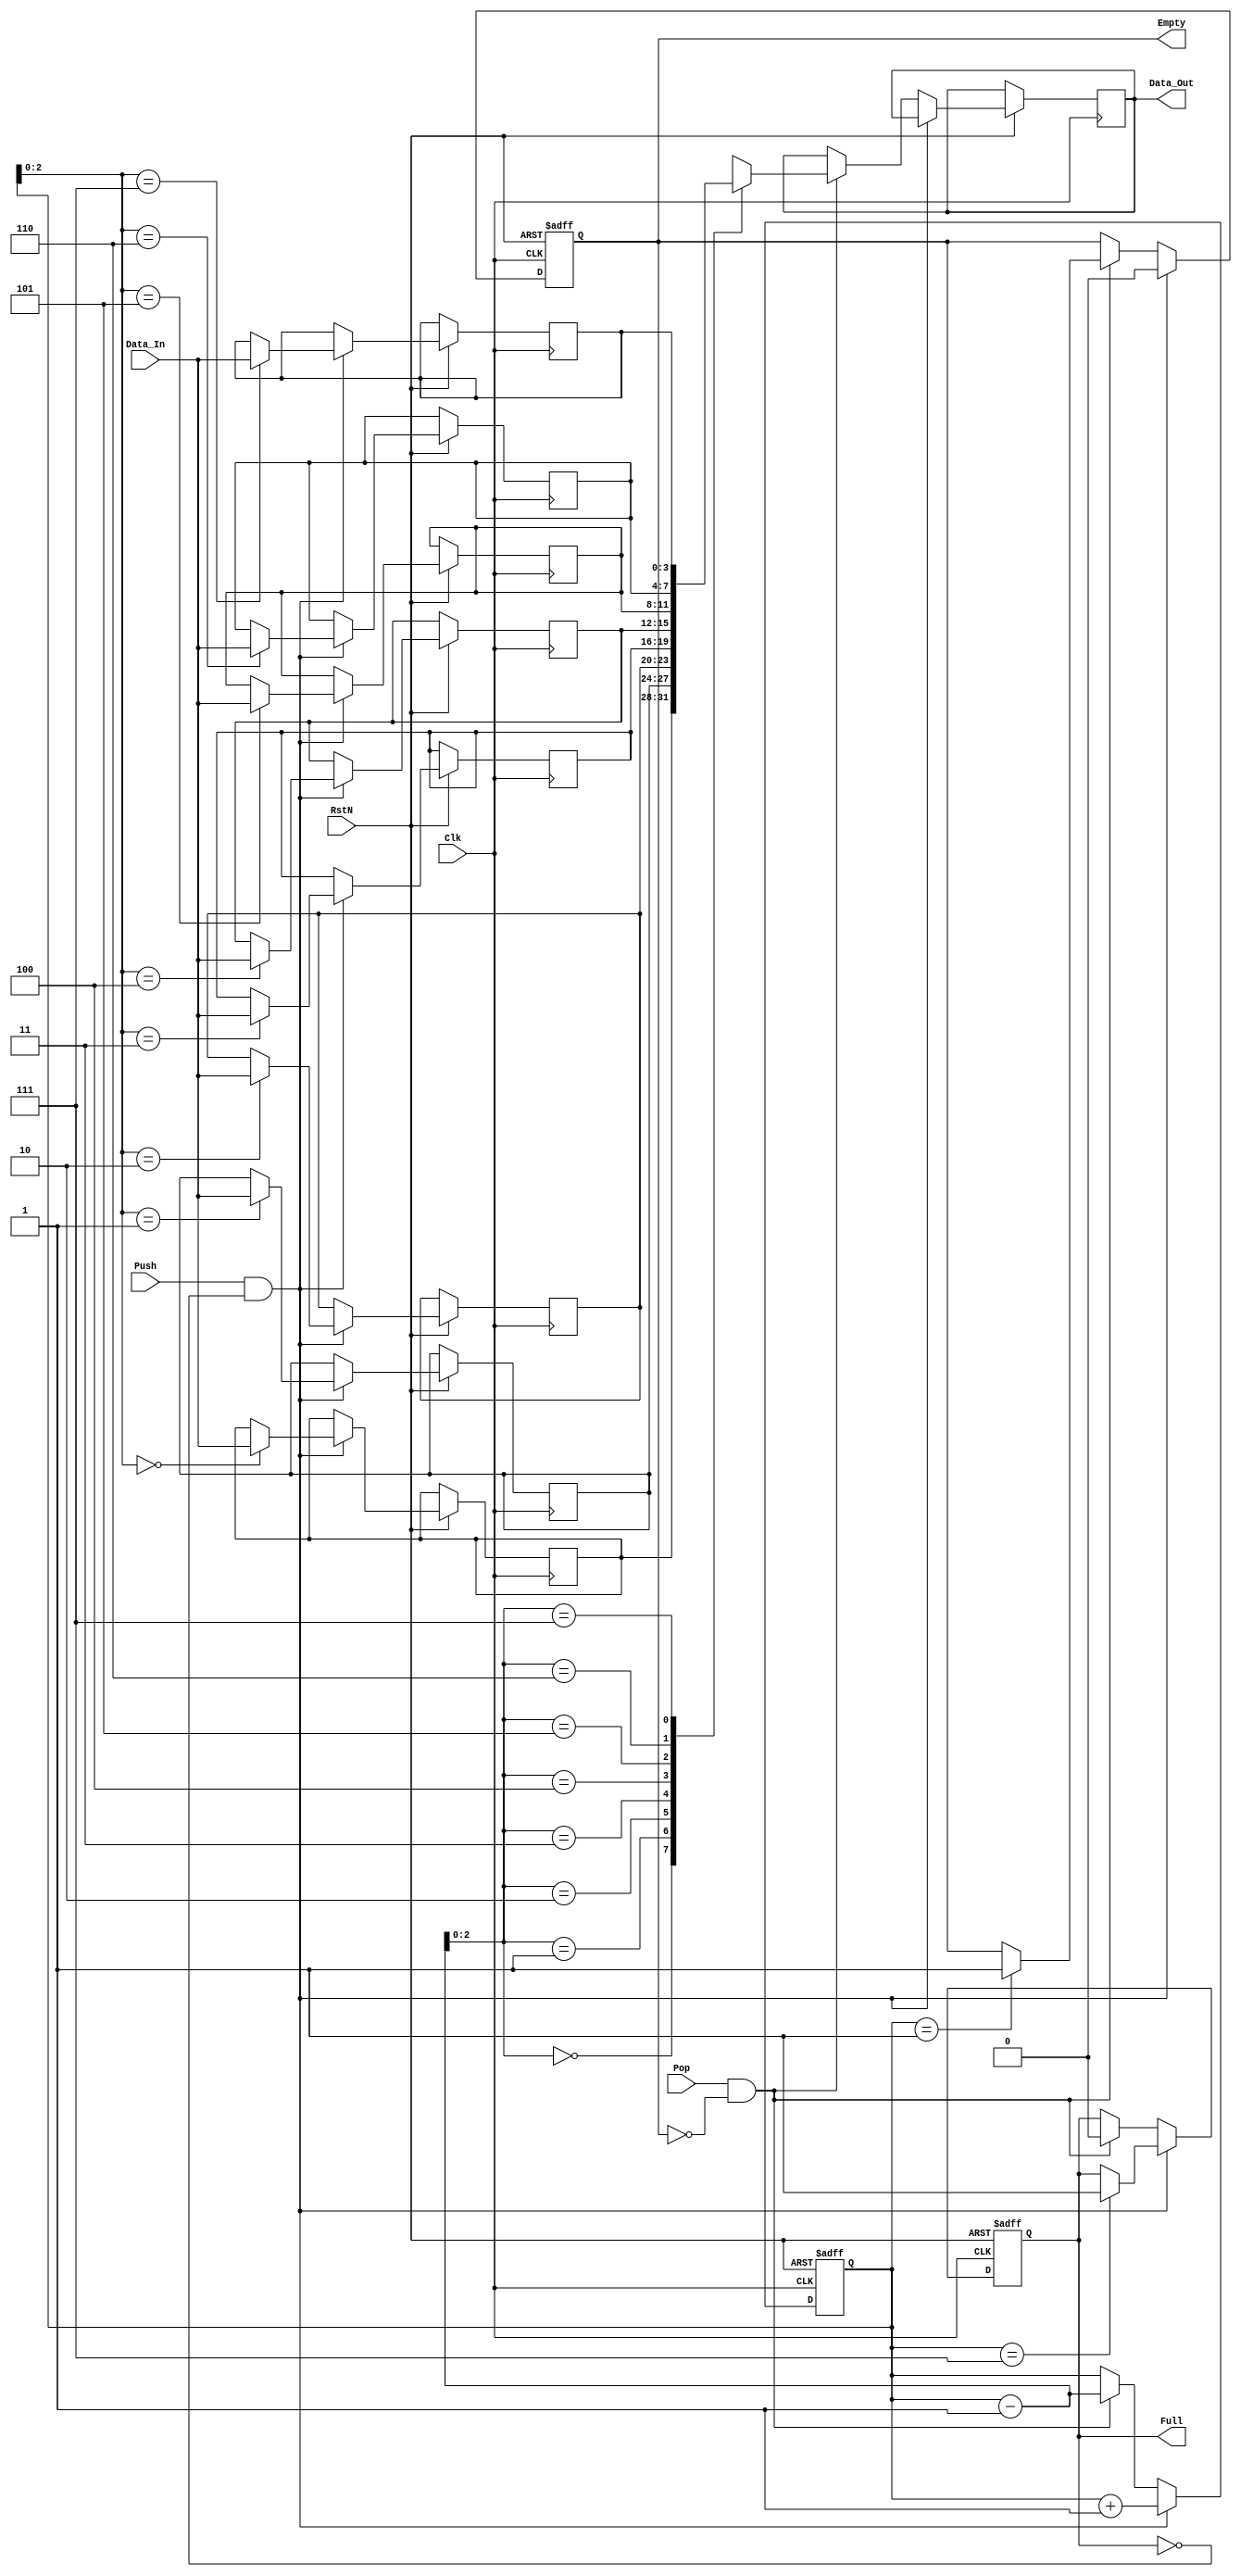
module stack (
    input Clk,
    input RstN,
    input [3:0] Data_In,
    input Push,
    input Pop,
    output reg [3:0] Data_Out,
    output reg Full,
    output reg Empty
);
    

reg [3:0] mem [7:0];
reg [3:0] a = 0;

always @(posedge Clk or negedge RstN) begin
    if (~RstN) begin
        a <= 0;
        Empty <= 1;
        Full <= 0;
    end 
    else if (Push & ~Full) begin
        if (a == 7) Full <= 1;
        mem[a] <= Data_In;
        a <= a + 1;
        Empty <= 0;
    end
    else if (Pop & ~Empty) begin
        if (a == 1) Empty <= 1;
        Data_Out <= mem[a-1];
        a <= a-1;
        Full <= 0;
    end
end

endmodule